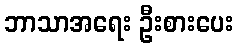
ဘာသာအရေး ဦးစားပေး